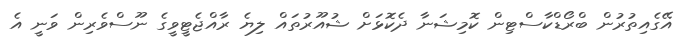
އޭގެއިތުރުން ބްރޯޑްކާސްޓިން ކޮމިޝަނާ ދެކޮޅަށް ޝުއޫރުތައް ލިޔެ ރާއްޖެޓީވީގެ ނޫސްވެރިން ވަނީ އެ